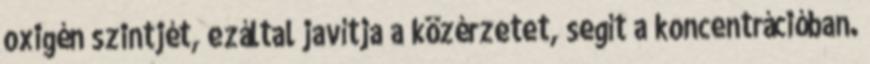
oxigén szintjét, ezáltal javítja a közérzetet, segít a koncentrációban.